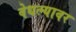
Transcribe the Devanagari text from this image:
वेधल्यावर